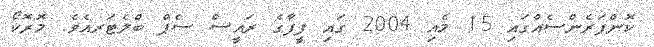
ކޮންފަރެންސެއްގައި 15 މެއި 2004 ގައި ފީފާގެ ރައީސް ސެޕް ބްލެޓަރއެވެ. މޮރޮކޯ